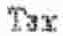
TAX